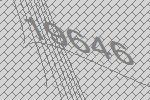
19646